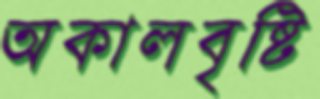
অকালবৃষ্টি